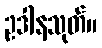
ဥဒါနသုတ်။